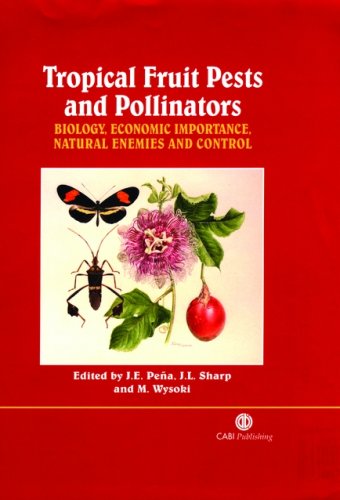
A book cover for Tropical Fruit Pests and Pollinators: Biology, Economic Importance, Natural Enemies and Control; Jorge E. PeÃ±a; Crafts, Hobbies & Home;